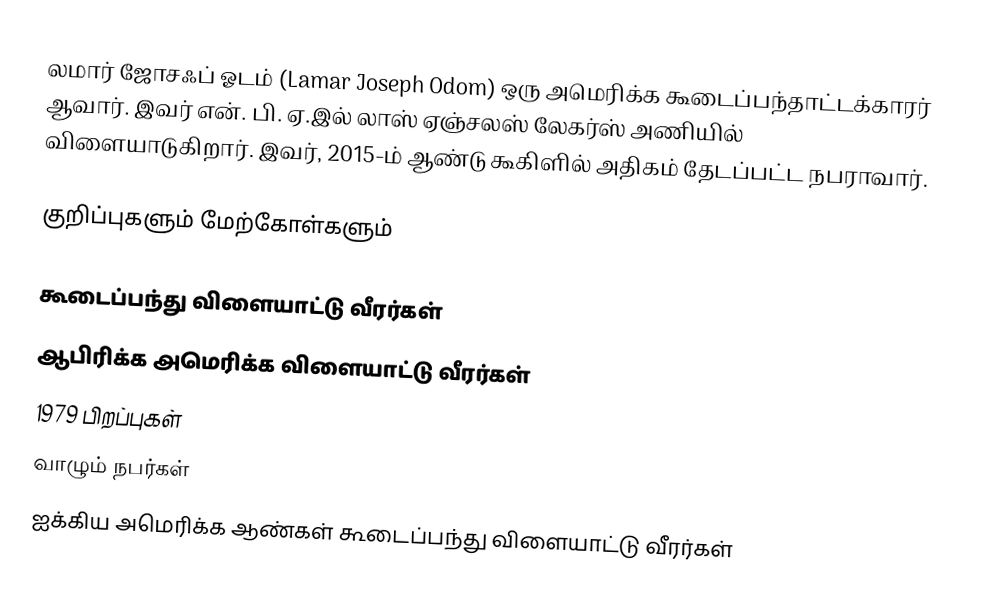
லமார் ஜோசஃப் ஓடம் (Lamar Joseph Odom) ஒரு அமெரிக்க கூடைப்பந்தாட்டக்காரர் ஆவார். இவர் என். பி. ஏ.இல் லாஸ் ஏஞ்சலஸ் லேகர்ஸ் அணியில் விளையாடுகிறார். இவர், 2015-ம் ஆண்டு கூகிளில் அதிகம் தேடப்பட்ட நபராவார்.

குறிப்புகளும் மேற்கோள்களும்

கூடைப்பந்து விளையாட்டு வீரர்கள்
ஆபிரிக்க அமெரிக்க விளையாட்டு வீரர்கள்
1979 பிறப்புகள்
வாழும் நபர்கள்
ஐக்கிய அமெரிக்க ஆண்கள் கூடைப்பந்து விளையாட்டு வீரர்கள்